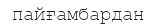
пайғамбардан